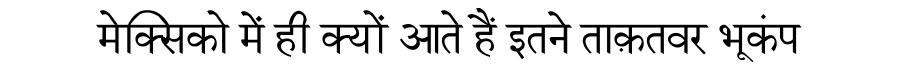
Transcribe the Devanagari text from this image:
मेक्सिको में ही क्यों आते हैं इतने ताक़तवर भूकंप